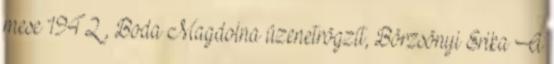
mese 1942 , Boda Magdolna üzenetrögzít, Börzsönyi Erika A